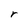
Character: r